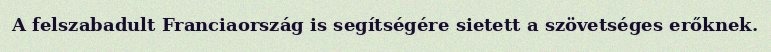
A felszabadult Franciaország is segítségére sietett a szövetséges erőknek.